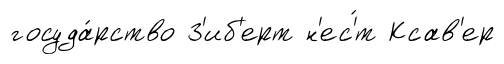
госуда́рство З'иб'ерт н'ес'́т Ксав'ер